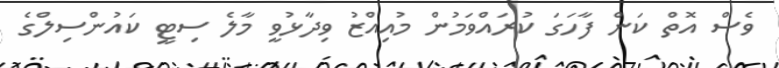
ވެސް އޮތް ކަން ފާހަގަ ކުރައްވަމުން މުއިއްޒު ވިދާޅުވީ މާލެ ސިޓީ ކައުންސިލްގެ